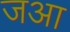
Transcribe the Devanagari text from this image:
जआ